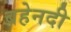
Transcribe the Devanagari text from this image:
बहेनदी